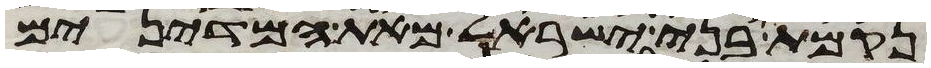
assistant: נקמת בני ישראל מאת המדינים